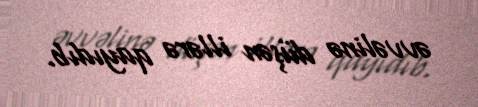
əvvəlinə düşən illərə qayıdıb.